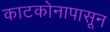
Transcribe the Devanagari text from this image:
काटकोनापासून